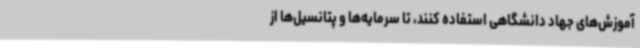
آموزش‌های جهاد دانشگاهی استفاده کنند، تا سرمایه‌ها و پتانسیل‌ها از